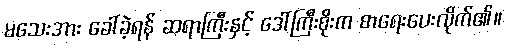
မသေးအား ခေါ်ခဲ့ရန် ဆရာကြီးနှင့် ဒေါ်ကြီးစိုးက စာရေးပေးလိုက်၏။